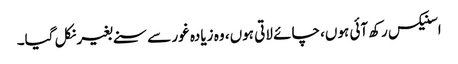
اسنیکس رکھ آئی ہوں، چائے لاتی ہوں، وہ زیادہ غور سے سنے بغیر نکل گیا۔